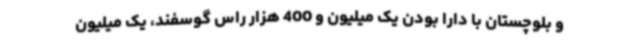
و بلوچستان با دارا بودن یک میلیون و 400 هزار راس گوسفند، یک میلیون